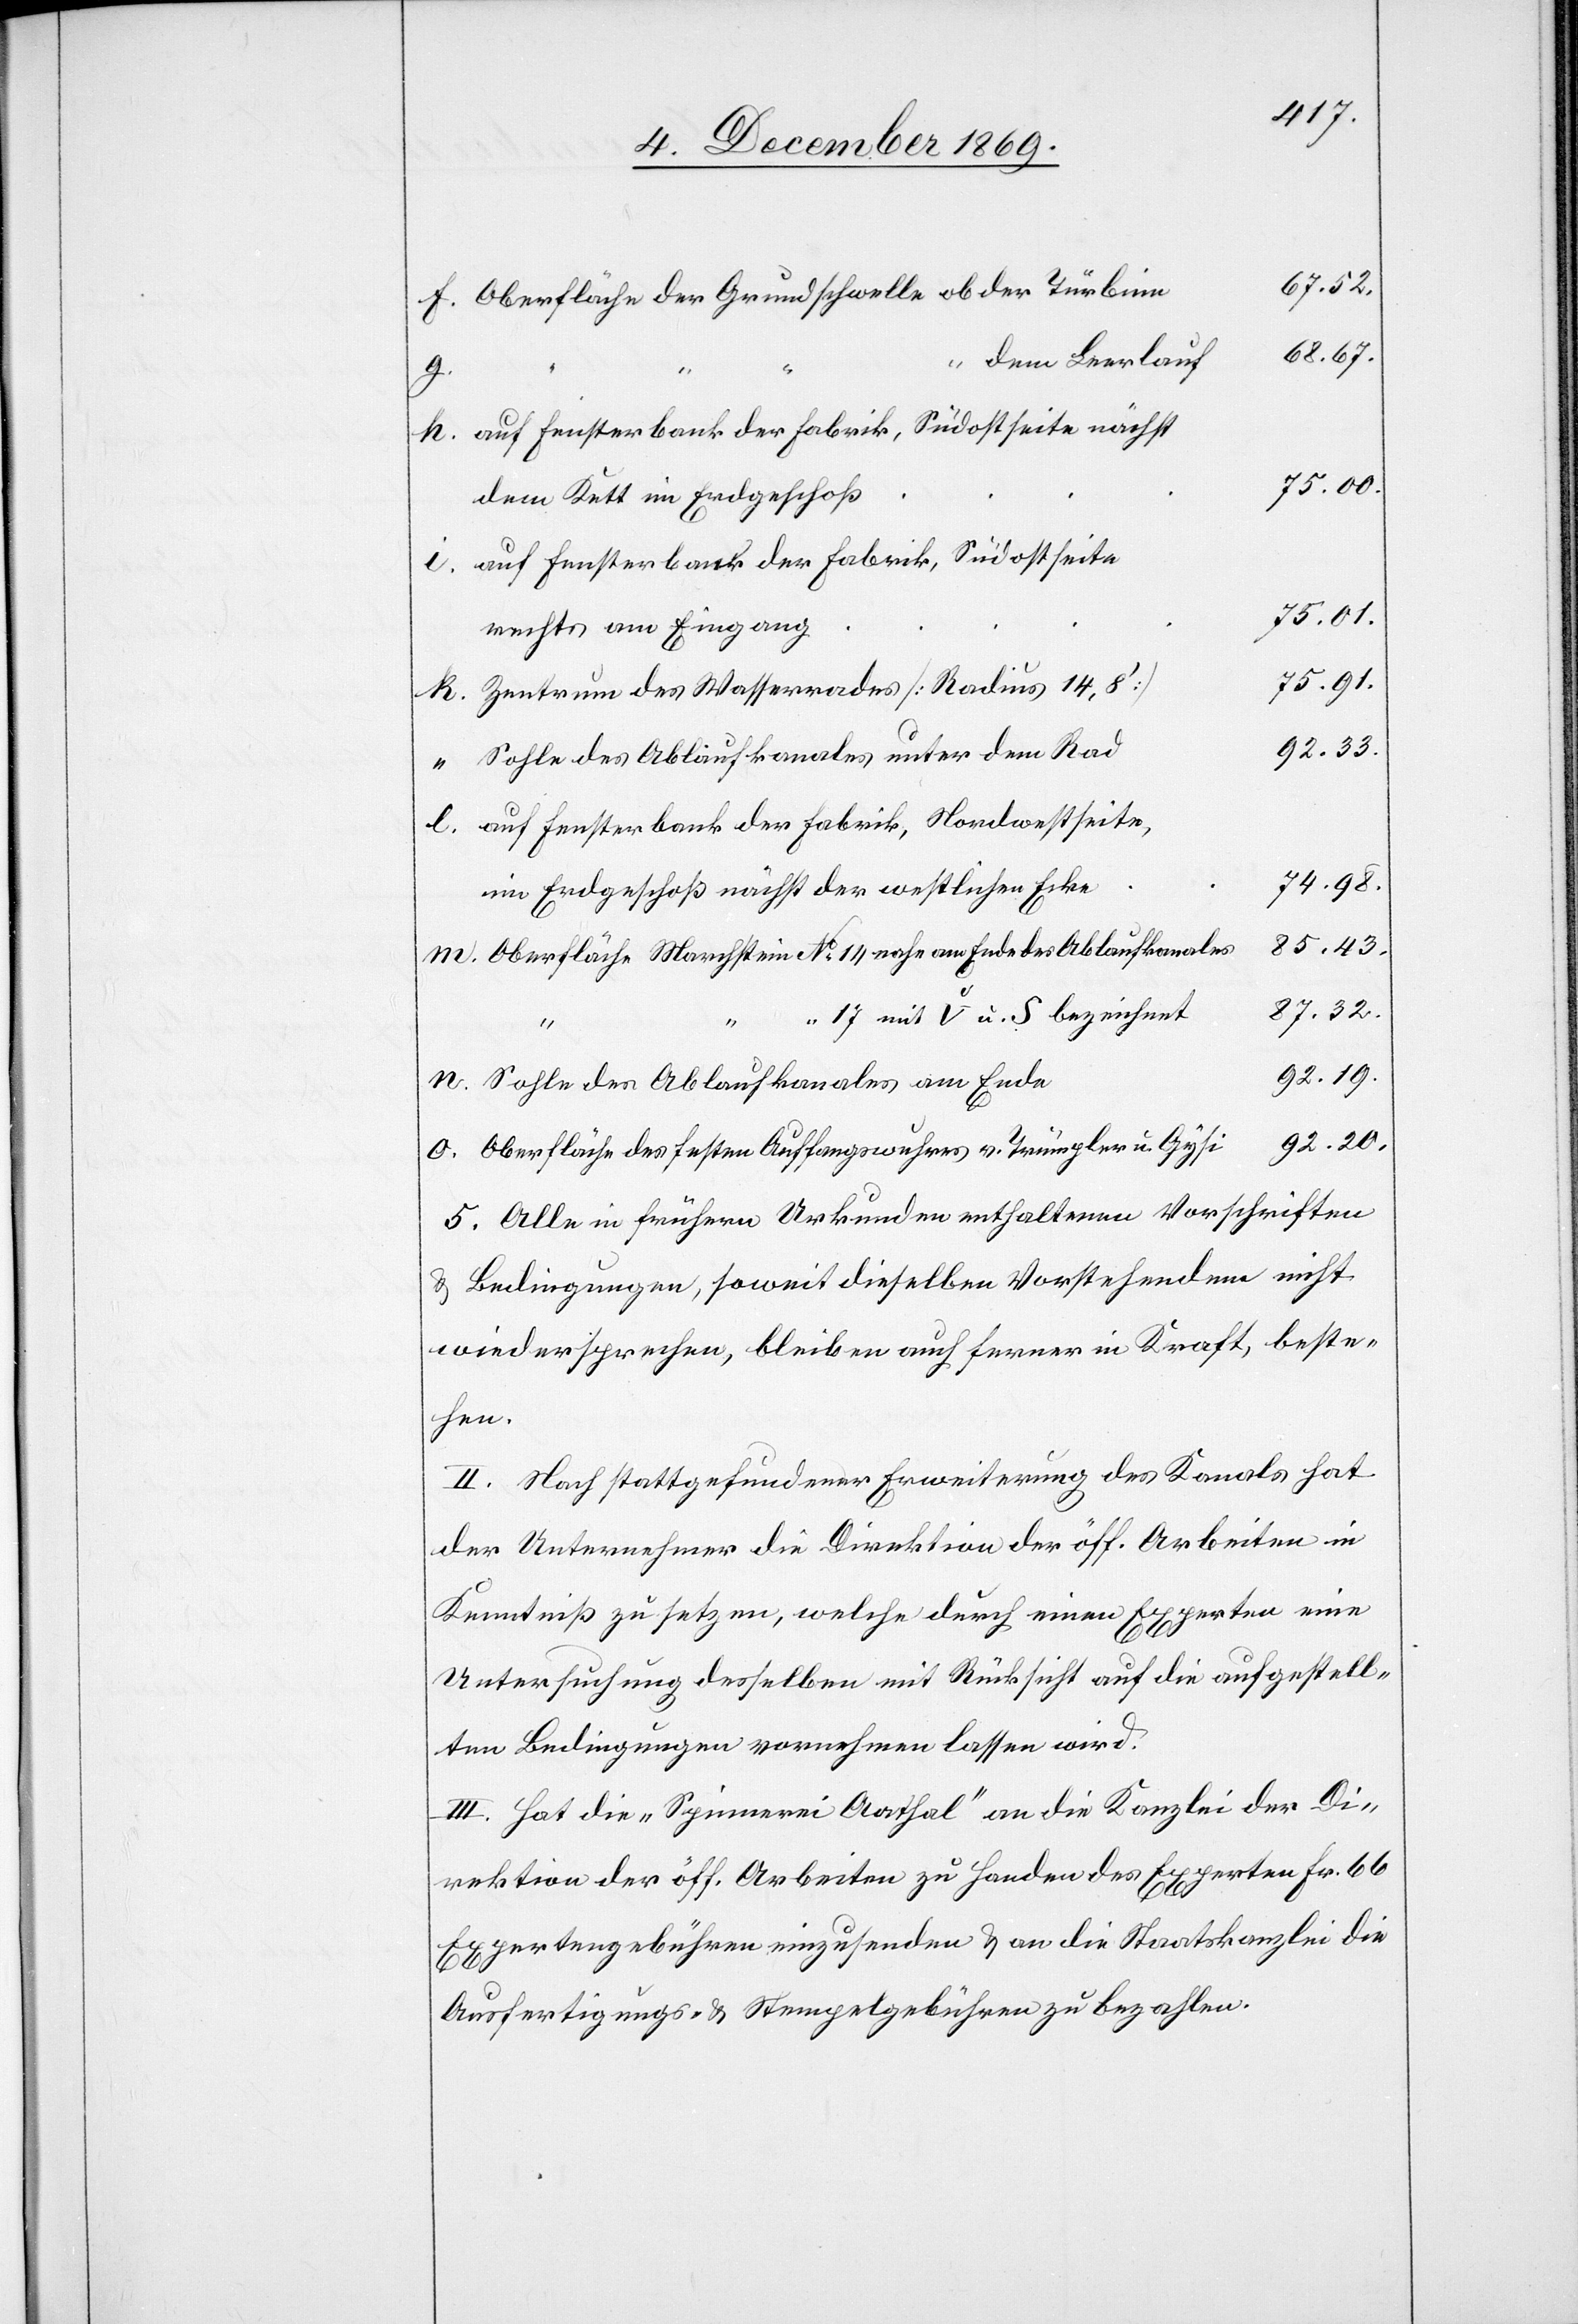
67.52.
Oberfläche der Grundschwelle ob der Türbine
68.67.
l.
dem Leerlauf
h.
auf Fensterbank der Fabrik, Südostseite nächst
75.00.
o.
dem Kett im Erdgeschoß
auf Fensterbank der Fabrik, Südostseite
75.01.
rechts am Eingang
75.91.
Zentrum des Wasserrades [Radius 14,8‘]
92.33.
Sohle des Ablaufkanales unter dem Rad
auf Fensterbank der Fabrik, Nordwestseite,
74.98.
“
im Erdgeschoß nächst der westlichen Ecke
85.43.
Oberfläche Marchstein No 14 nahe am Ende des Ablaufkanales
87.32.
17 mit V u. S bezeichnet
92.19.
Sohle des Ablaufkanales am Ende
92.20.
Oberfläche des festen Auffangswuhres v. Trümpler u. Gysi
5. Alle in frühern Urkunden enthaltenen Vorschriften
& Bedingungen, soweit dieselben Vorstehendem nicht
wiedersprechen, bleiben auch ferner in Kraft beste¬
hen.
II. Nach stattgefundener Erweiterung des Kanals hat
der Unternehmer die Direktion der öff. Arbeiten in
Kenntniß zu setzen, welche durch einen Experten eine
Untersuchung desselben mit Rücksicht auf die aufgestell¬
ten Bedingungen vornehmen lassen wird.
III. Hat die „Spinnerei Aathal“ an die Kanzlei der Di¬
rektion der öff. Arbeiten zu Handen des Experten Fr. 66
Expertengebühren einzusenden & an die Staatskanzlei die
Ausfertigungs- & Stempelgebühren zu bezahlen.